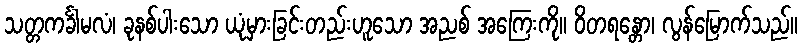
သတ္တကင်္ခါမလံ၊ ခုနစ်ပါးသော ယုံမှားခြင်းတည်းဟူသော အညစ် အကြေးကို။ ဝိတရန္တော၊ လွန်မြောက်သည်။